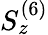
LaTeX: S_{z}^{(6)}